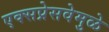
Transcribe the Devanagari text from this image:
एक्सप्रेसवेमुळे